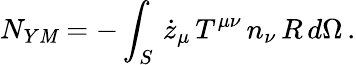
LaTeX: N_{Y\mathit{M}}=-\int_{S}\, \dot{{z}}_{\mu}\, T^{\mu\nu}\, n_{\nu}\, R\, d\Omega\, .